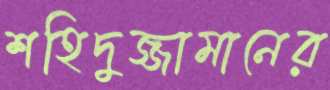
শহিদুজ্জামানের